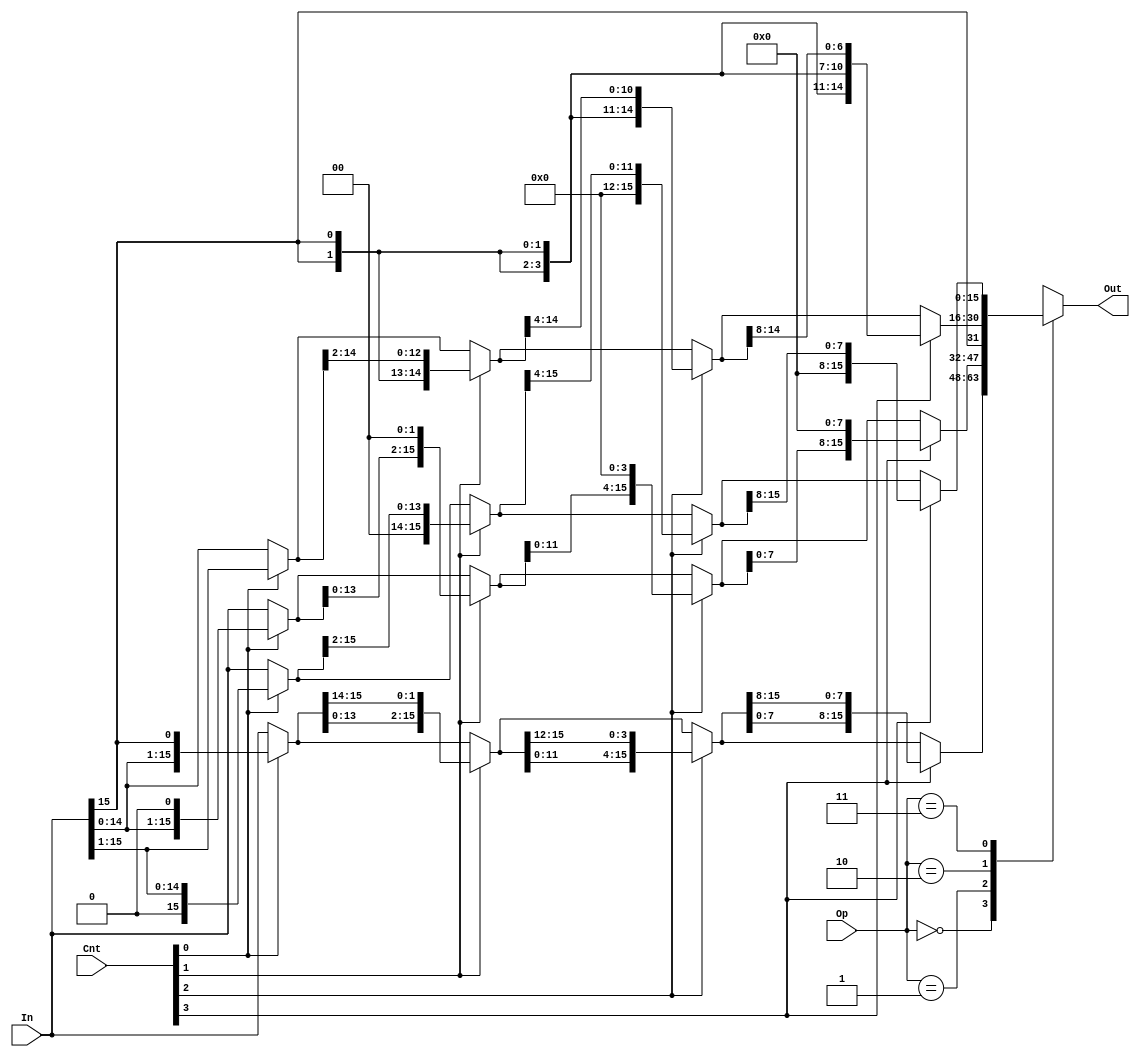
/*
 * 	   Wenxuan Mao <wmao7@wisc.edu>
 * Partner cs login: yunhe & wenxuan
 * Brief Description:
 * This is a 16-bit barrel bidirectional barrel shifter.
 * Opcode 00 -> rotate left
 *        01 -> shift left
 *        10 -> shift right arithmetic
 *        11 -> shift right logical
 */
module shifter (In, Cnt, Op, Out);
   
   input [15:0] In;
   input [3:0]  Cnt;
   input [1:0]  Op;
   output [15:0] Out;

   /*
   Your code goes here
   */

   //using reg for combinatinal logic
   reg [15:0] c;
   reg [15:0] d;
   reg [15:0] e;

   reg [15:0] inreg;
   reg [15:0] outreg;
   reg [1:0]  opreg;
   reg [3:0]  cntreg;


   always @ *
   begin
     //assign input to the regs
     inreg = In;
     opreg = Op;
     cntreg = Cnt;

    case (Op)

 	  //rotate left: drop out from left append to the right
  	  2'b00	:	
		begin
	             	e = cntreg[0] ? {inreg[14:0],inreg[15]}	:	inreg;
             		d = cntreg[1] ? {e[13:0], e[15:14]}	: 	e;
             		c = cntreg[2] ? {d[11:0],d[15:12]} 	: 	d;
             		outreg = cntreg[3] ? {c[7:0], c[15:8]} : 	c;          
		end

	  //shift left: bits "drop off" on the left, extend 0 on the right
	  2'b01	:
		begin
	             	e = cntreg[0] ? {inreg[14:0],1'b0}	:	inreg;
             		d = cntreg[1] ? {e[13:0], {2{1'b0}}}	: 	e;
             		c = cntreg[2] ? {d[11:0],{4{1'b0}}} 	: 	d;
             		outreg = cntreg[3] ? {c[7:0], {8{1'b0}}}: 	c;          
		end



          //shift right arthimatic: discard "drop out" on the right and extend 
          //sign bit on the left
          2'b10 :
		begin
             		e = cntreg[0] ? {inreg[15],inreg[15:1]}	:	inreg;
             		d = cntreg[1] ? {{2{e[15]}},e[15:2]}	: 	e;
             		c = cntreg[2] ? {{4{d[15]}},d[15:4]} 	: 	d;
             		outreg = cntreg[3] ? {{8{c[15]}},c[15:8]} : 	c;          
		end

          //shift righ logic: discard drop out on the right; extend 0 on left
	  2'b11	:
		begin
	             	e = cntreg[0] ? {1'b0,inreg[15:1]}	:	inreg;
             		d = cntreg[1] ? {{2{1'b0}}, e[15:2]}	: 	e;
             		c = cntreg[2] ? {{4{1'b0}},d[15:4]} 	: 	d;
             		outreg = cntreg[3] ? {{8{1'b0}}, c[15:8]}: 	c;          
		end

	  //default case, no rotation is done
	  default:	outreg = inreg;
      endcase
    end

    //assign reg to output value
    assign Out = outreg;
endmodule